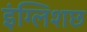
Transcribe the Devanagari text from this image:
इंग्लिशछ